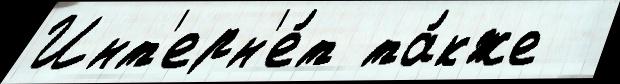
Инт'ерн'е́т та́кже